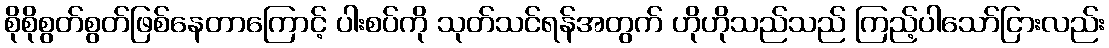
စိုစိုစွတ်စွတ်ဖြစ်နေတာကြောင့် ပါးစပ်ကို သုတ်သင်ရန်အတွက် ဟိုဟိုသည်သည် ကြည့်ပါသော်ငြားလည်း